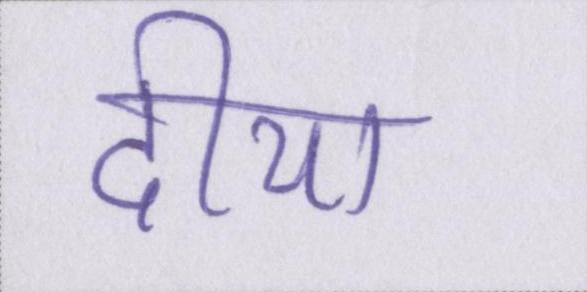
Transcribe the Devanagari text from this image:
दीया